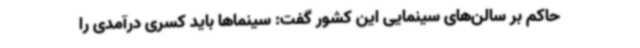
حاکم بر سالن‌های سینمایی این کشور گفت: سینماها باید کسری درآمدی را